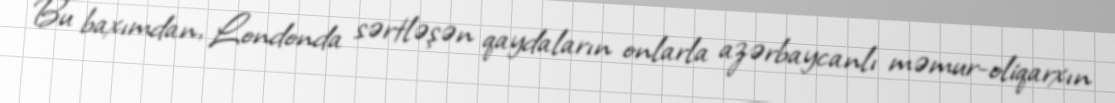
Bu baxımdan, Londonda sərtləşən qaydaların onlarla azərbaycanlı məmur-oliqarxın